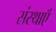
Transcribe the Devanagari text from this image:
संस्थाऍं